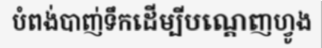
បំពង់បាញ់ទឹកដើម្បីបណ្តេញហ្វូង